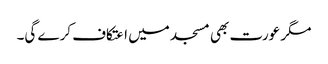
مگر عورت بھی مسجد میں اعتکاف کرے گی۔